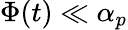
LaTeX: \Phi(t)\ll\alpha_{p}